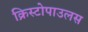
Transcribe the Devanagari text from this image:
क्रिस्टोपाउलस